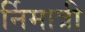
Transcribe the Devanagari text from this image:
र्निमात्री